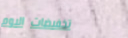
تخفيضات اليوم